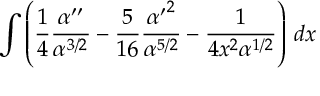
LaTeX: \int \left( { \frac { 1 } { 4 } } { \frac { \alpha ^ { \prime \prime } } { \alpha ^ { 3 / 2 } } } - { \frac { 5 } { 1 6 } } { \frac { { \alpha ^ { \prime } } ^ { 2 } } { \alpha ^ { 5 / 2 } } } - { \frac { 1 } { 4 x ^ { 2 } \alpha ^ { 1 / 2 } } } \right) \, d x